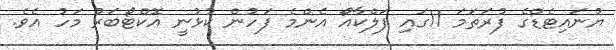
ޔުނައިޓެޑްގެ ފުރަތަމަ 11ގައި ފަލްކާއޯ އެންމެ ފަހުން ކުޅުނީ އޮކްޓޯބަރު މަހު އެވެ.